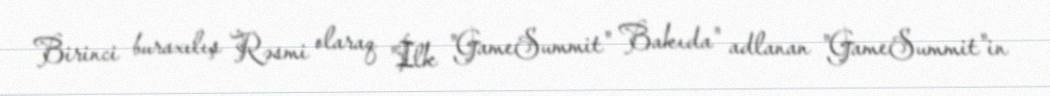
Birinci buraxılış Rəsmi olaraq "İlk "GameSummit" Bakıda" adlanan "GameSummit"in